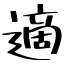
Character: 適